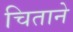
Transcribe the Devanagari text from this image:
चिताने